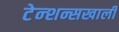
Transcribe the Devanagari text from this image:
टेन्शन्सखाली